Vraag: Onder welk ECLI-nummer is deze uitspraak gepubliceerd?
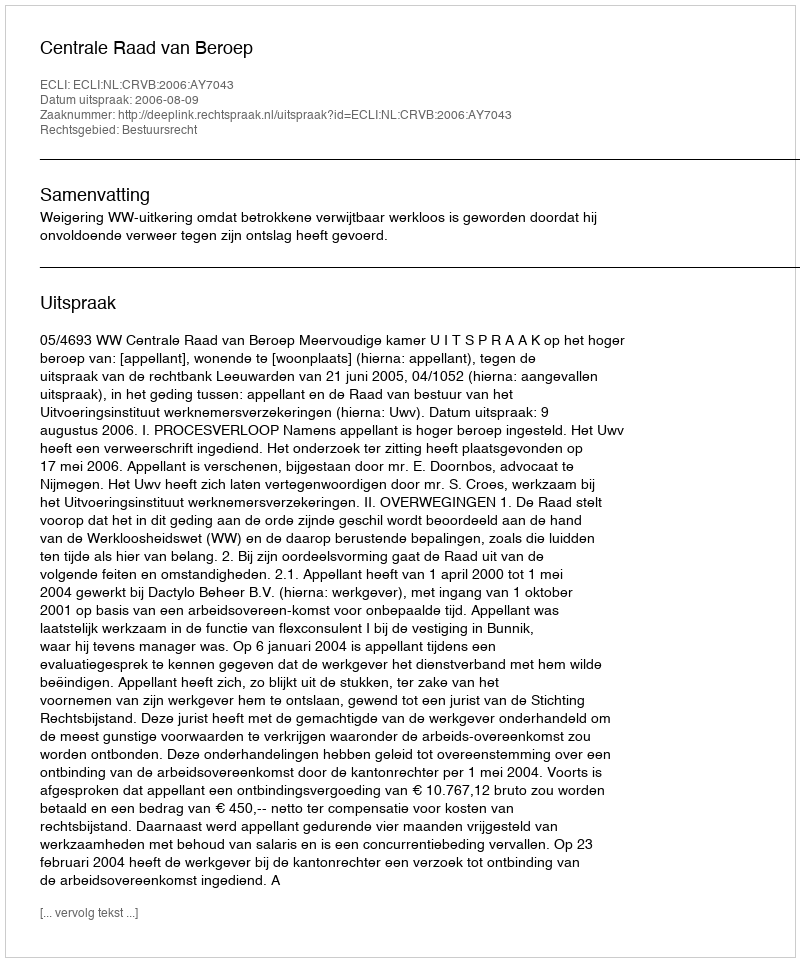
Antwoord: ECLI:NL:CRVB:2006:AY7043